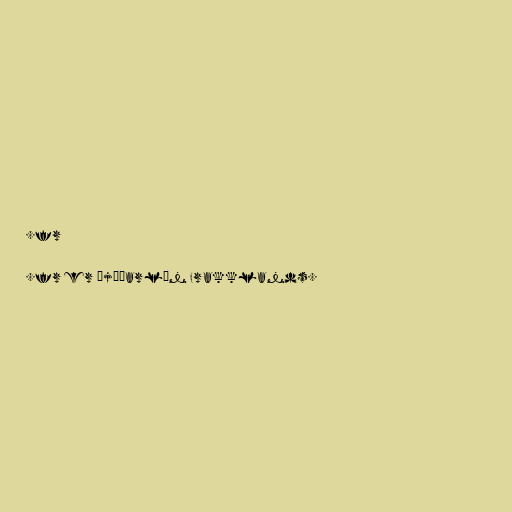
.fr

.fr er þjóðarlén Frakklands.